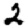
Digit: 2